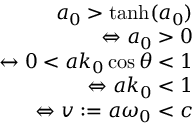
\begin{array} { r } { a _ { 0 } > \mathrm { t a n h } ( a _ { 0 } ) } \\ { \Leftrightarrow a _ { 0 } > 0 } \\ { \leftrightarrow 0 < a k _ { 0 } \cos \theta < 1 } \\ { \Leftrightarrow a k _ { 0 } < 1 } \\ { \Leftrightarrow v : = a \omega _ { 0 } < c } \end{array}